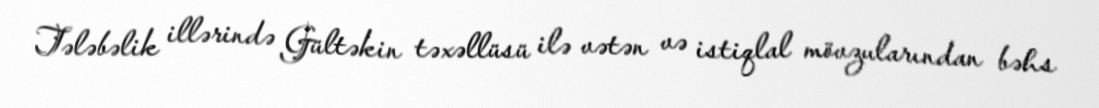
Tələbəlik illərində Gültəkin təxəllüsü ilə vətən və istiqlal mövzularından bəhs